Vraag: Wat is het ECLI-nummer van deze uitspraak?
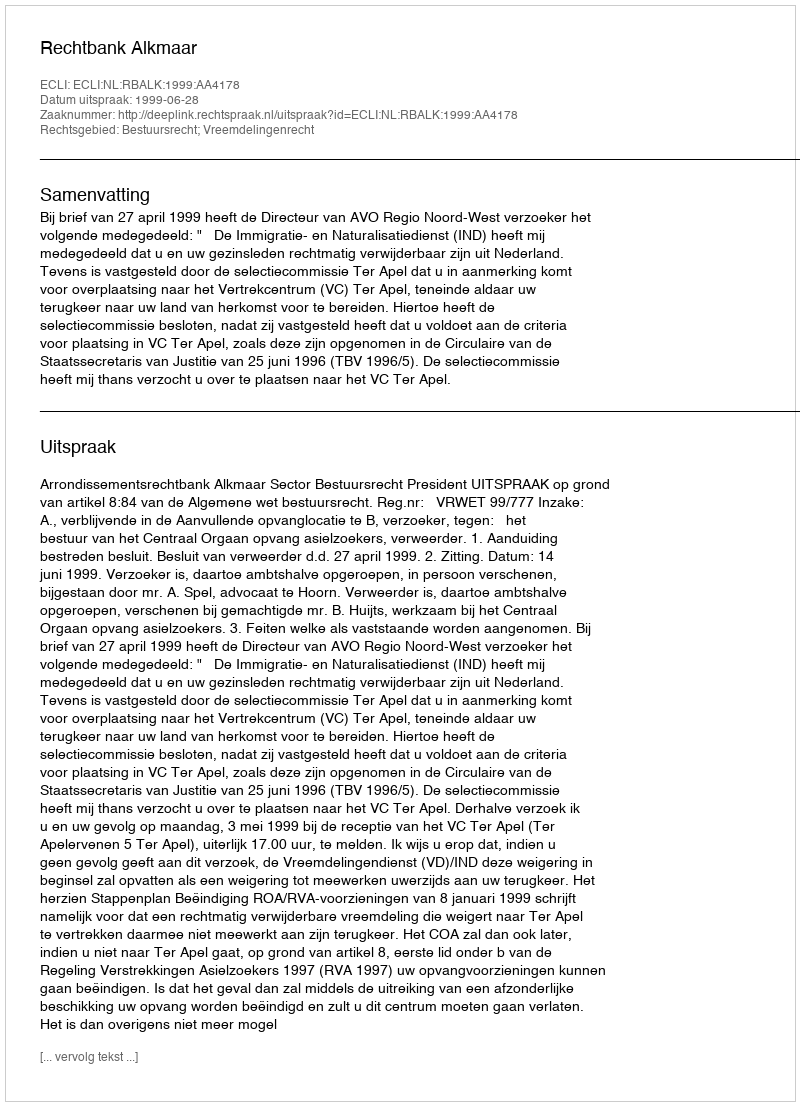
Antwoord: ECLI:NL:RBALK:1999:AA4178